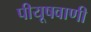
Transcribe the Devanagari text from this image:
पीयूषवाणी